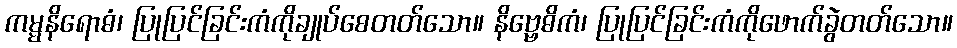
ကမ္မနိရောဓံ၊ ပြုပြင်ခြင်းကံကိုချုပ်စေတတ်သော။ နိဗ္ဗေဓိကံ၊ ပြုပြင်ခြင်းကံကိုဖောက်ခွဲတတ်သော။